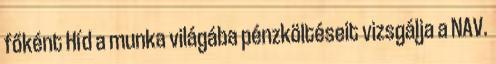
főként Híd a munka világába pénzköltéseit vizsgálja a NAV.